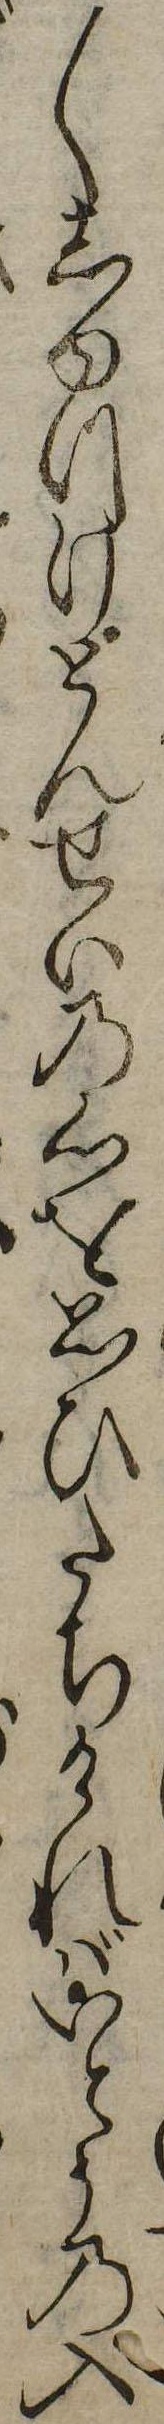
〱しゆつけとんせいの心を思ひたちければいとうの入